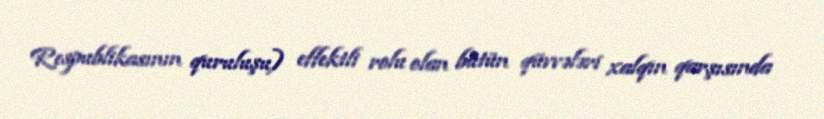
Respublikasının quruluşu) effektli rolu olan bütün qüvvələri xalqın qarşısında